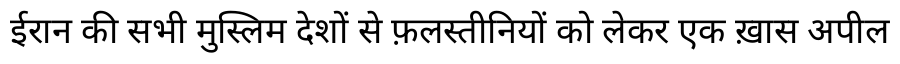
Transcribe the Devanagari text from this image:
ईरान की सभी मुस्लिम देशों से फ़लस्तीनियों को लेकर एक ख़ास अपील